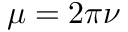
\mu = 2 \pi \nu